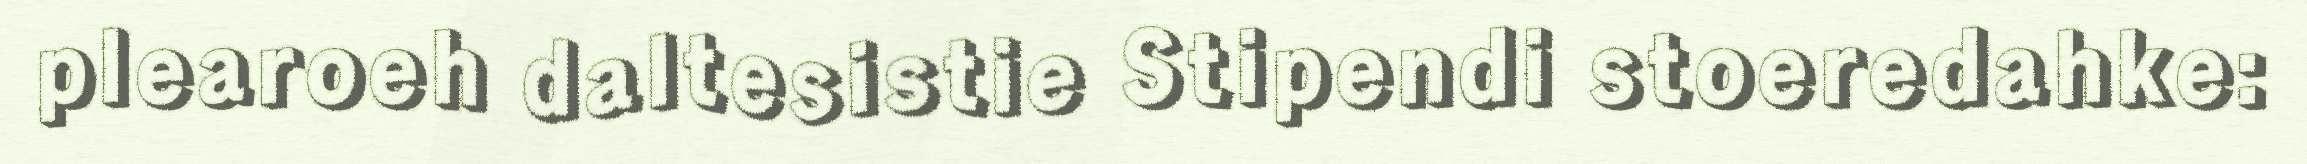
plearoeh daltesistie Stipendi stoeredahke: